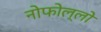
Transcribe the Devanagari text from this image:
नोफोल्लो